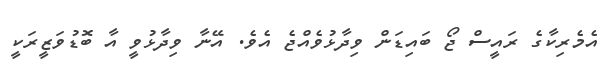
އެމެރިކާގެ ރައީސް ޖޯ ބައިޑަން ވިދާޅުވެއްޖެ އެވެ. އޭނާ ވިދާޅުވީ އާ ބޮޑުވަޒީރަކީ